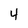
Character: 4